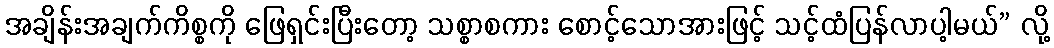
အချိန်းအချက်ကိစ္စကို ဖြေရှင်းပြီးတော့ သစ္စာစကား စောင့်သောအားဖြင့် သင့်ထံပြန်လာပါ့မယ်” လို့